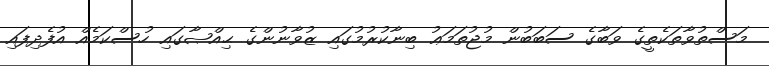
މަސްތުވާތަކެތީގެ ވަބާގެ ސަބަބުން މުޖުތަމަޢު ބިނާކުރުމުގައި ޒުވާނުންގެ ޙިއްޞާގައި ހުސްކަމެއް އުފެދިފައި